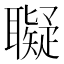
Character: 𦘀